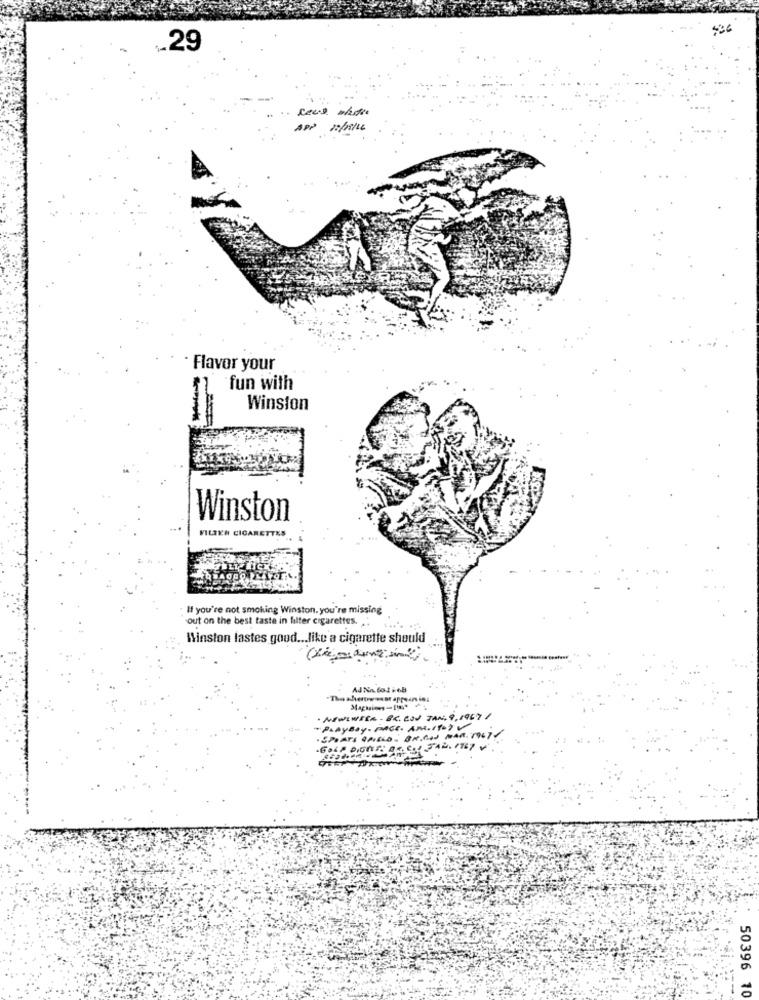
436
.29
APP 10/11/16
Flavor your
fun with
Winston
Winston
VILIER CIGARETTES
If you're not smoking Winston. you're missing
out on the best taste in filter cigarettes ...
Winston lastes goud ... like a cigarette should
Ad Na folieB
R. BON TANI, 9,1967 /
"PLAyBay. PACE. AM.IT.) V
.BR.CI MAR. 1967/
50396 10